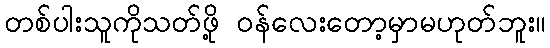
တစ်ပါးသူကိုသတ်ဖို့ ဝန်လေးတော့မှာမဟုတ်ဘူး။